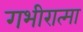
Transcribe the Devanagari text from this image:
गभीरात्मा